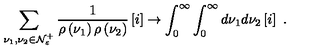
\sum _ { \nu _ { 1 } , \nu _ { 2 } \in { \cal N } _ { \varepsilon } ^ { + } } \frac { 1 } { \rho \left( \nu _ { 1 } \right) \rho \left( \nu _ { 2 } \right) } \left[ { \Large i } \right] \rightarrow \int _ { 0 } ^ { \infty } \int _ { 0 } ^ { \infty } d \nu _ { 1 } d \nu _ { 2 } \left[ { \Large i } \right] \ .